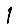
Digit: 1